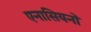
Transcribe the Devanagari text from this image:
एनासियनों